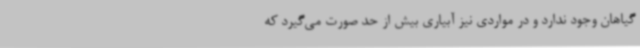
گیاهان وجود ندارد و در مواردی نیز آبیاری بیش از حد صورت می‌گیرد که